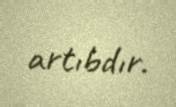
artıbdır.